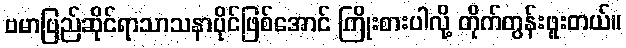
ဗမာပြည်ဆိုင်ရာသာသနာပိုင်ဖြစ်အောင် ကြိုးစားပါလို့ တိုက်တွန်းဖူးတယ်။